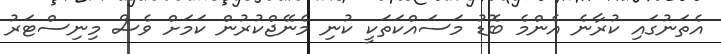
އެތަނުގައި ކުރާނެ އެންމެ ބޮޑު މަސައްކަތަކީ ކުނި މެނޭޖްކުރުން ކަމަށް ވެސް މިނިސްޓަރު